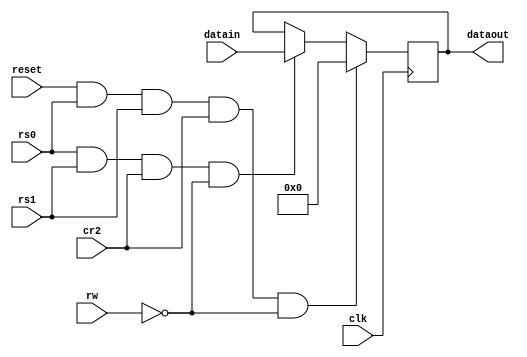
	module outreg(
		input[7:0] datain,
		input clk,rs0,rs1,cr2,rw,reset,
		output[7:0] dataout);
	reg[7:0] store;

	assign dataout = store;

	always@ (posedge clk)
	begin
		if(reset & rs0 & rs1 & cr2 & ~rw)
			store <= 8'h00;
		else if(rs0 & rs1 & cr2 & ~rw)
			store <= datain;
	end
	endmodule